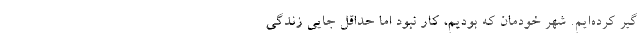
گیر کرده‌ایم. شهر خودمان که بودیم، کار نبود اما حداقل جایی زندگی